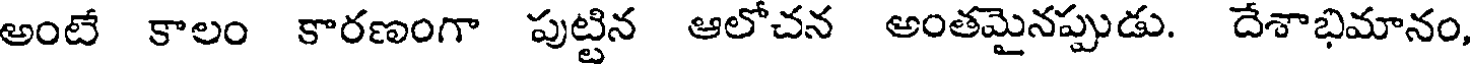
అంటే కాలం కారణంగా పుట్టిన ఆలోచన అంతమైనప్పుడు. దేశాభిమానం,